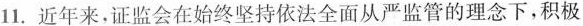
11.近年来，证监会在始终坚持依法全面从严监管的理念下，积极